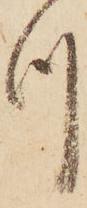
つ